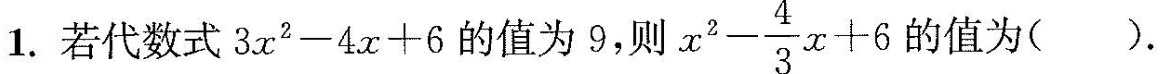
1.若代数式$$3x^{2}一4x+6$$的值为9，则 $$x^{2}- \frac{4}{3}x+6$$ 的值为( )。